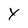
Character: Y